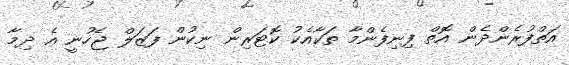
އަތްފުރެންދެން އޮތް ފިނިފެންމާ ތަކާއެކު ކޮޓަރިން ނިކުން ފަޒަލް ޖެހުނީ އެ ދިމާ